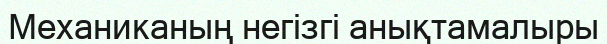
Механиканың негізгі анықтамалыры